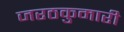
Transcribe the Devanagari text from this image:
जरठकुमारी